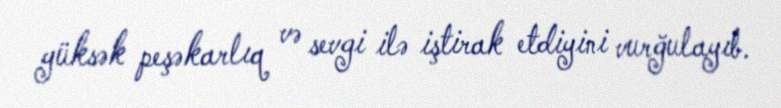
yüksək peşəkarlıq və sevgi ilə iştirak etdiyini vurğulayıb.